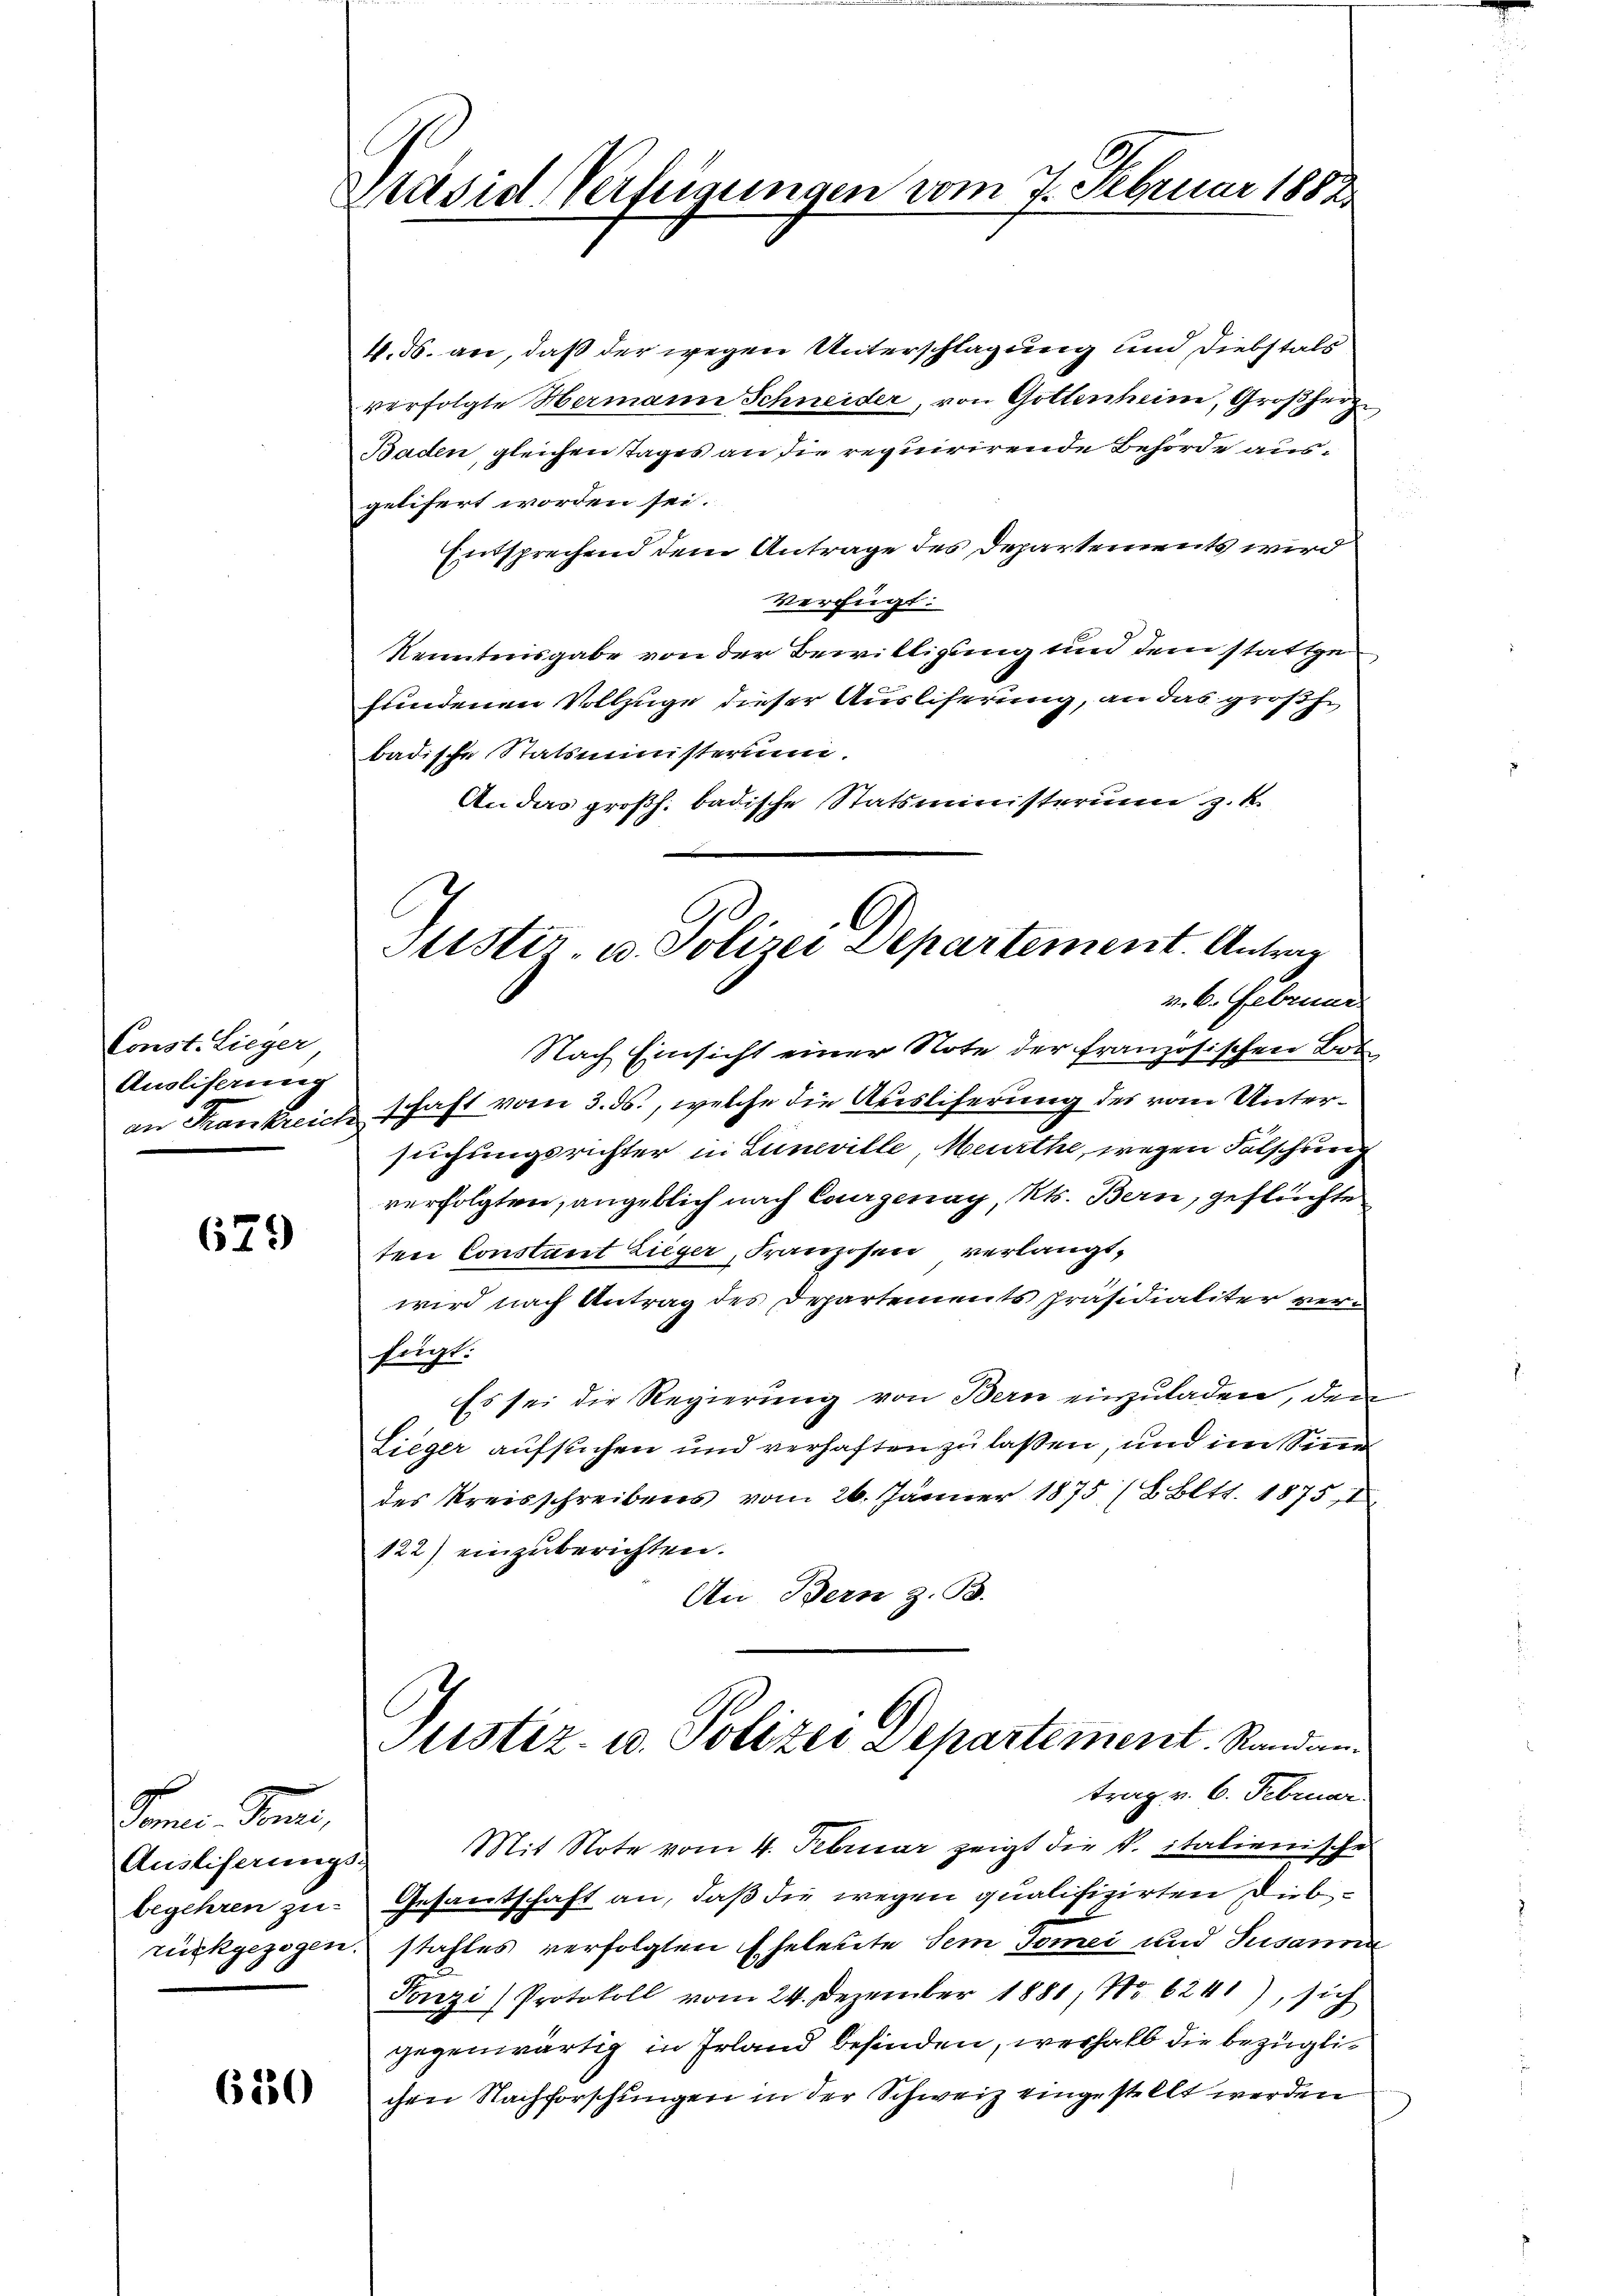
Const. Lieger
Ansliserung

629

Jonen Juni,
Auslieferungs-

6550

Präsid Verfeigungen vom 7. Februar 1882

4. ds. an, daß der wegen Unterschlagung und Diebstals
verfolgte Hermann Schneider, von Gottenheim, Großherz¬
Baden, gleichen Tages an die requirirende Behörde ausgelifert worden sei.
Entsprechend dem Antrage des Departements wird
verfügt:
Renntnisgabe von der Bewilligung und dem stattge
fundenen Vollzuge dieser Auslieferung, an das großhe
badische Statsministerium.
An das großh. badische Statsministerium z. K.
Nach Einsicht einer Note der französischen Bos
an Krankreich schaft vom 3. ds., welche die Ausliferung des vom Untersuchungsrichter in Luneville, Meurthe, wegen Folschung
verfolgten, angeblich nach Courgenay, Kts. Bern, geflüchte
ten Constant Lieger, Franzosen verlangt,
wird nach Antrag des Departements präsidialiter verfügt:
Es sei die Regierung von Bern einzuladen, den
Lieger aufsuchen und verhaften zu lassen, und im Sinne
des Kreisschreibens vom 26. Jänner 1875 (BBltt. 1875, 1
122) einzuberichten.
An Bern z. B.
Justiz- u. Polizei Departement. Standen.
trag v. 6. Februar
Mit Note vom 4. Februar zeigt die K. italienische
begehren zu Gesantschaft an, daß die wegen qualifizirten Dieb
rückgezogen stahles verfolgten Eheleute dem Tomei und Susanna
Fonzi) Protokoll vom 24. Dezember 1881, No 6241), sich
gegenwärtig in Irland befinden, weshalb die bezüglichen Nachforschungen in der Schweiz eingestellt werden

Stister, u. Polizei Departement. Antrag
v. 6. Februar